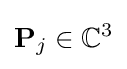
\mathbf {P} _{j}\in \mathbb {C} ^{3}